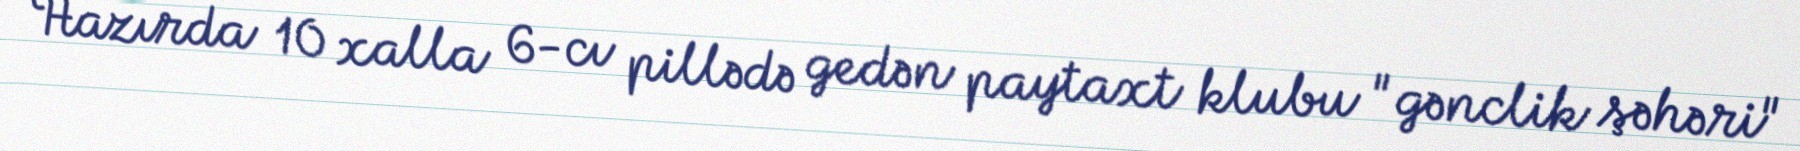
Hazırda 10 xalla 6-cı pillədə gedən paytaxt klubu "gənclik şəhəri"